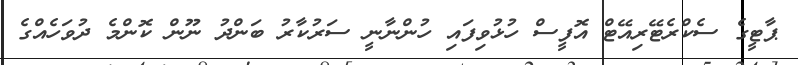
ޕާޓީގެ ސެކްރެޓޭރިއޭޓް އޮފީސް ހުޅުވިފައި ހުންނާނީ ސަރުކާރު ބަންދު ނޫން ކޮންމެ ދުވަހެއްގެ